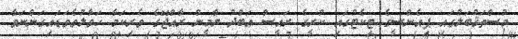
މުސްތަޤުބަލުގައި ޕިއެންސީގެ ޓިކެޓުގައި ކުރީގެ ރައީސް އަބްދު ޔާމީން ރާއްޖޭގެ ވެރިކަމާ ހަވާލުވެވަޑައިގަންނަވާ